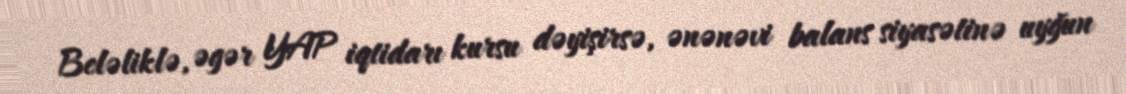
Beləliklə, əgər YAP iqtidarı kursu dəyişirsə, ənənəvi balans siyasətinə uyğun